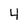
Character: 4